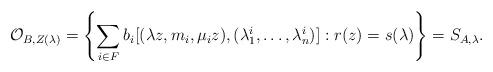
LaTeX: \begin{align*}\mathcal{O}_{B, Z(\lambda)} &= \left\{ \sum_{i \in F} b_i [(\lambda z, m_i, \mu_i z), (\lambda_1^i, \ldots, \lambda_n^i)]: r(z) = s(\lambda) \right\} = S_{A, \lambda}.\end{align*}